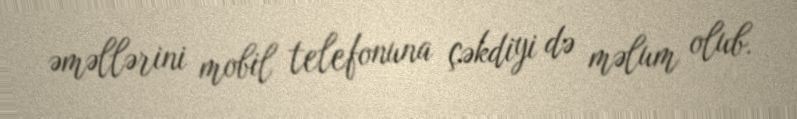
əməllərini mobil telefonuna çəkdiyi də məlum olub.